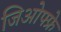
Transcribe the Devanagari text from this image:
जिओफ्फ्रे